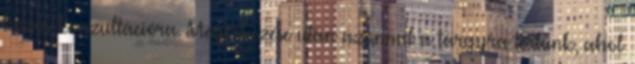
közös konzultációra. Megérkezése után azonnal a tárgyra tértünk, ahol